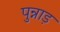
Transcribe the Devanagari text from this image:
पुन्नाड़